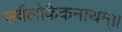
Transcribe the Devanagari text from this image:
सर्वलोकैकनाथम्।।